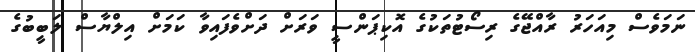
ނަމަވެސް މިއަހަރު ރާއްޖޭގެ ރިސޯޓުތަކުގެ އޮކިޕަންސީ ވަރަށް ދަށްވެފައިވާ ކަމަށް އިލްޔާސް ލަބީބުގެ